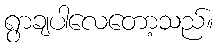
ရွာချပါလေတော့သည်။